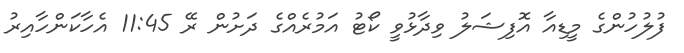
ފުލުހުންގެ މީޑިއާ އޮފިޝަލު ވިދާޅުވީ ކޯޓު އަމުރެއްގެ ދަށުން ރޭ 11:45 އެހާކަންހާއިރު